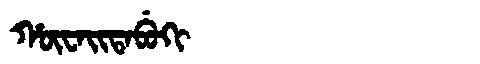
Manchu: ᡥᡡᠸᠠᡳᡨᠠᠪᡠᡴᡳ
Romanization: HŪWAITABUKI